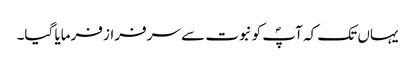
یہاں تک کہ آپؐ کو نبوت سے سرفراز فرمایا گیا۔